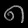
Digit: ၈